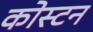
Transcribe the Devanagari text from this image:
कोस्टन